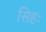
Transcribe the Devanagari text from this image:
सिहः